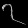
Digit: ၇